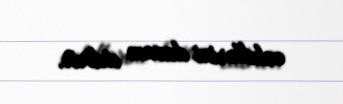
cəhdlərini davam etdirir.